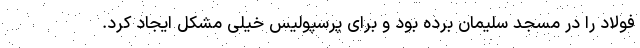
فولاد را در مسجد سلیمان برده بود و برای پرسپولیس خیلی مشکل ایجاد کرد.